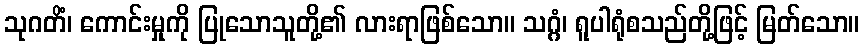
သုဂတိံ၊ ကောင်းမှုကို ပြုသောသူတို့၏ လားရာဖြစ်သော။ သဂ္ဂံ၊ ရူပါရုံစသည်တို့ဖြင့် မြတ်သော။